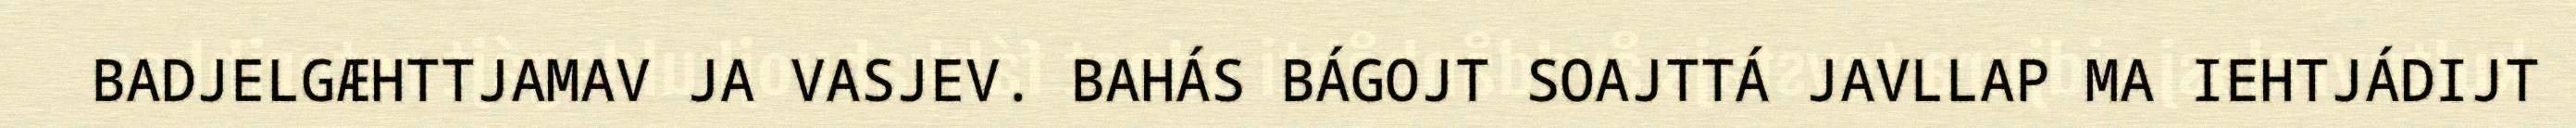
BADJELGÆHTTJAMAV JA VASJEV. BAHÁS BÁGOJT SOAJTTÁ JAVLLAP MA IEHTJÁDIJT